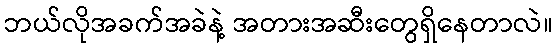
ဘယ်လိုအခက်အခဲနဲ့ အတားအဆီးတွေရှိနေတာလဲ။